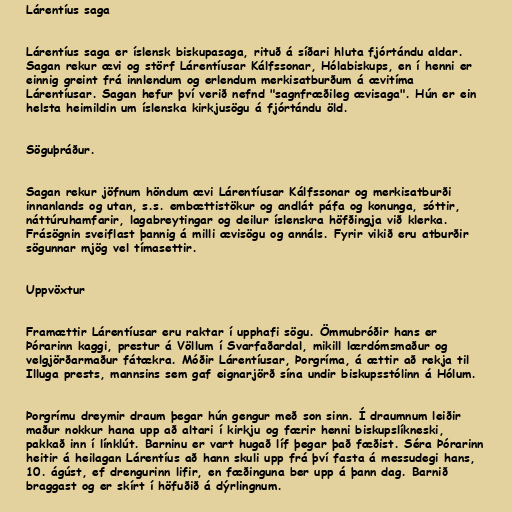
Lárentíus saga

Lárentíus saga er íslensk biskupasaga, rituð á síðari hluta fjórtándu aldar.
Sagan rekur ævi og störf Lárentíusar Kálfssonar, Hólabiskups, en í henni er
einnig greint frá innlendum og erlendum merkisatburðum á ævitíma
Lárentíusar. Sagan hefur því verið nefnd "sagnfræðileg ævisaga". Hún er ein
helsta heimildin um íslenska kirkjusögu á fjórtándu öld.

Söguþráður.

Sagan rekur jöfnum höndum ævi Lárentíusar Kálfssonar og merkisatburði
innanlands og utan, s.s. embættistökur og andlát páfa og konunga, sóttir,
náttúruhamfarir, lagabreytingar og deilur íslenskra höfðingja við klerka.
Frásögnin sveiflast þannig á milli ævisögu og annáls. Fyrir vikið eru atburðir
sögunnar mjög vel tímasettir.

Uppvöxtur

Framættir Lárentíusar eru raktar í upphafi sögu. Ömmubróðir hans er
Þórarinn kaggi, prestur á Völlum í Svarfaðardal, mikill lærdómsmaður og
velgjörðarmaður fátækra. Móðir Lárentíusar, Þorgríma, á ættir að rekja til
Illuga prests, mannsins sem gaf eignarjörð sína undir biskupsstólinn á Hólum.

Þorgrímu dreymir draum þegar hún gengur með son sinn. Í draumnum leiðir
maður nokkur hana upp að altari í kirkju og færir henni biskupslíkneski,
pakkað inn í línklút. Barninu er vart hugað líf þegar það fæðist. Séra Þórarinn
heitir á heilagan Lárentíus að hann skuli upp frá því fasta á messudegi hans,
10. ágúst, ef drengurinn lifir, en fæðinguna ber upp á þann dag. Barnið
braggast og er skírt í höfuðið á dýrlingnum.